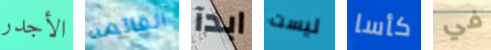
الأجدر القائمه ابدآ ليست كأسا في